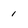
Character: 1